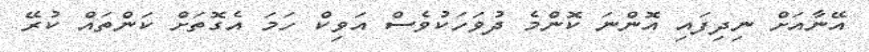
އޭނާއަށް ނިދިފައި އޮންނަ ކޮންމެ ދުވަހަކުވެސް އަވިކް ހަމަ އެގޮތަށް ކަންތައް ކުރޭ